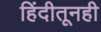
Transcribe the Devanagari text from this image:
हिंदीतूनही